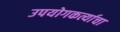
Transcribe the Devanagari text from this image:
उपयोगकर्त्याचा